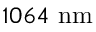
1 0 6 4 ~ \mathrm { { n m } }